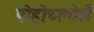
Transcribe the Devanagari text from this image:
पोहोच्ल्येलें